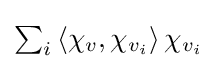
{\textstyle \sum _{i}\left\langle \chi _{v},\chi _{v_{i}}\right\rangle \chi _{v_{i}}}